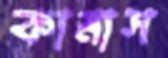
কামাস